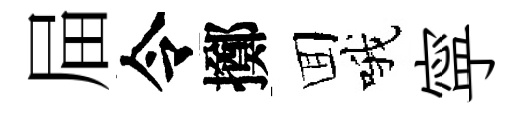
屇令擲囬哦寜